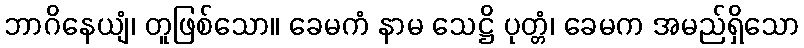
ဘာဂိနေယျံ၊ တူဖြစ်သော။ ခေမကံ နာမ သေဋ္ဌိ ပုတ္တံ၊ ခေမက အမည်ရှိသော